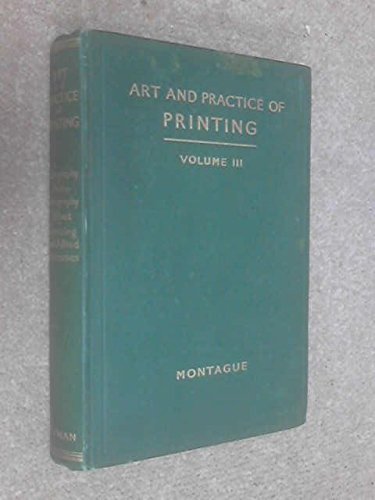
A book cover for The Art and Practice of Printing, Volume III: Lithography; W. N. Atkins; Arts & Photography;